Vaccination in Bombay 1869-1873 - 1869-1873
Year: 1869
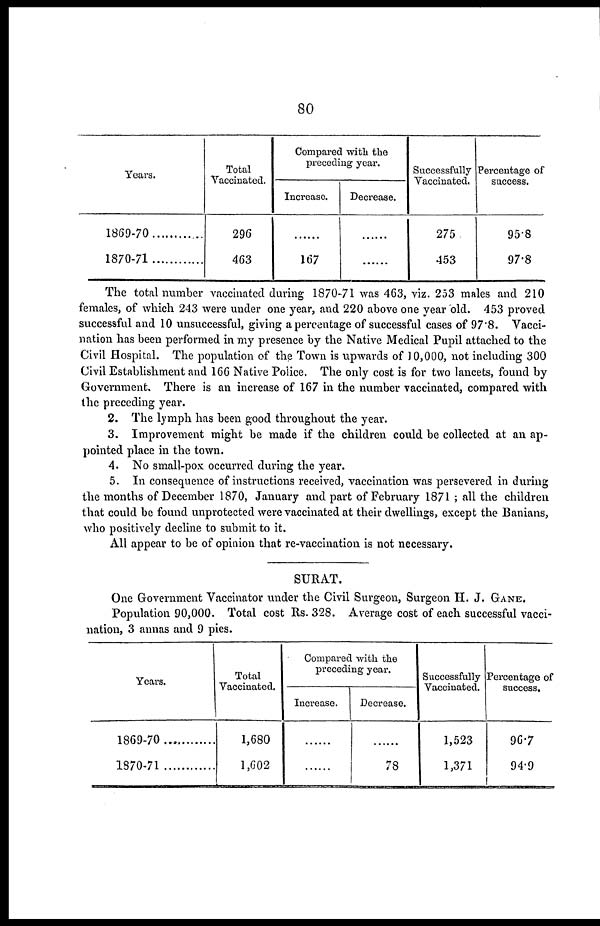
80
Years.
1869-70
1870-71
Total
Vaccinated.
296
463
Compared with the
preceding year.
Increase.
......
167
Decrease.
......
......
Successfully
Vaccinated.
275
453
Percentage of
success.
95.8
97.8
The total number vaccinated during 1870-71 was 463, viz. 253 males and 210
females, of which 243 were under one year, and 220 above one year old. 453 proved
successful and 10 unsuccessful, giving a percentage of successful cases of 97.8. Vacci-
nation has been performed in my presence by the Native Medical Pupil attached to the
Civil Hospital. The population of the Town is upwards of 10,000, not including 300
Civil Establishment and 166 Native Police. The only cost is for two lancets, found by
Government. There is an increase of 167 in the number vaccinated, compared with
the preceding year.
2. The lymph has been good throughout the year.
3. Improvement might be made if the children could be collected at an ap-
pointed place in the town.
4. No small-pox occurred during the year.
5. In consequence of instructions received, vaccination was persevered in during
the months of December 1870, January and part of February 1871 ; all the children
that could be found unprotected were vaccinated at their dwellings, except the Banians,
who positively decline to submit to it.
All appear to be of opinion that re-vaccination is not necessary.
SURAT.
One Government Vaccinator under the Civil Surgeon, Surgeon H. J. GANE.
Population 90,000. Total cost Rs. 328. Average cost of each successful vacci-
nation, 3 annas and 9 pies.
Years.
1869-70
1870-71
Total
Vaccinated.
1,680
1,602
Compared with the
preceding year.
Increase.
......
......
Decrease.
......
78
Successfully
Vaccinated.
1,523
1,371
Percentage of
success.
96.7
94.9